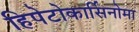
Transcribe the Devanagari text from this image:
हिपेटोकार्सिनोमा